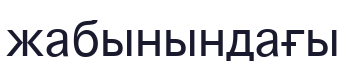
жабынындағы